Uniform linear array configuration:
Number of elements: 24
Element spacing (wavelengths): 0.75
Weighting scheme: binomial
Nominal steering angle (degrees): -60
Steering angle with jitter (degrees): -58.43
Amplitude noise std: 0.05
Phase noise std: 0.05

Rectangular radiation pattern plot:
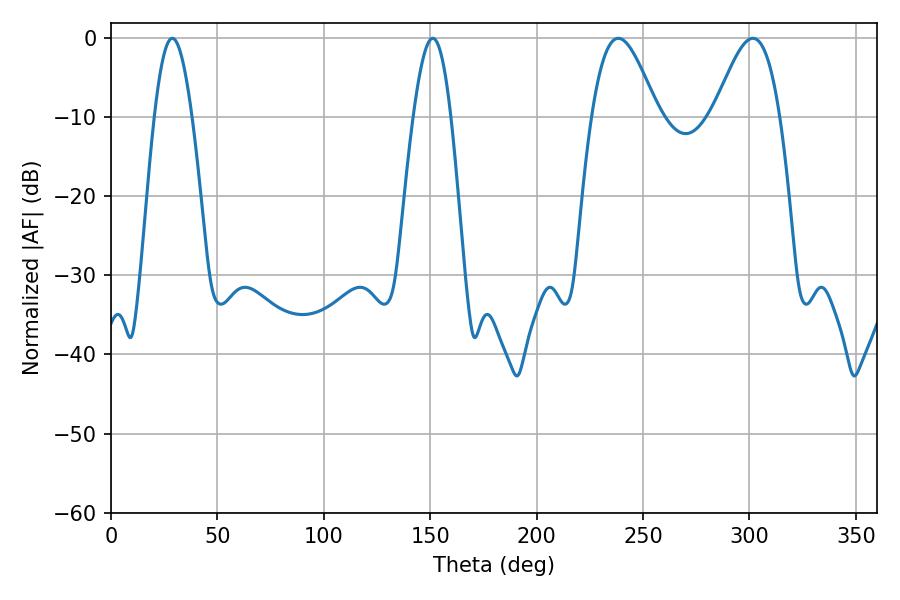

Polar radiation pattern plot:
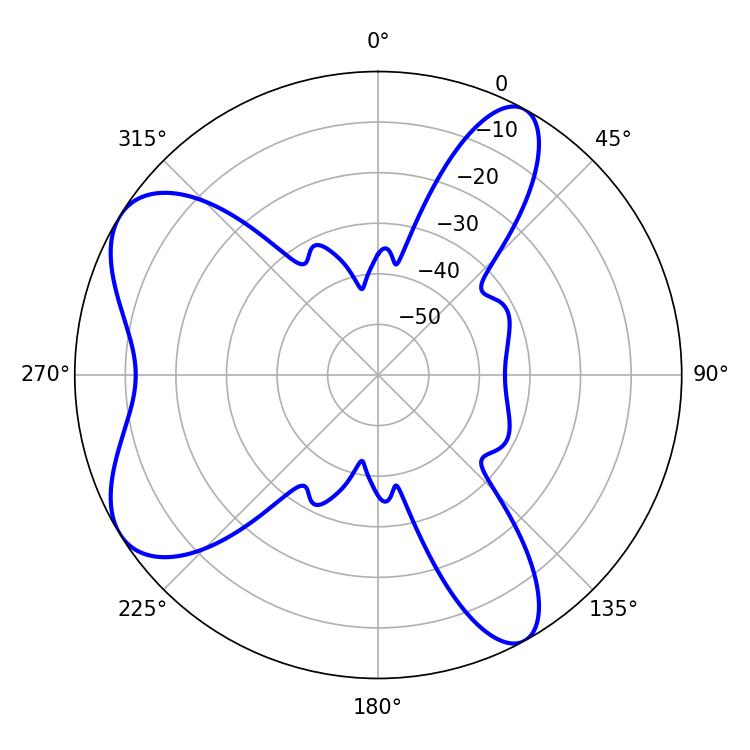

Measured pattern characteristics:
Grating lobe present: TRUE
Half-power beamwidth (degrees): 9.54
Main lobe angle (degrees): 28.8